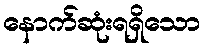
နောက်ဆုံးရရှိသော